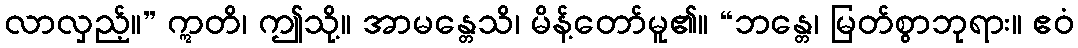
လာလှည့်။” ဣတိ၊ ဤသို့။ အာမန္တေသိ၊ မိန့်တော်မူ၏။ “ဘန္တေ၊ မြတ်စွာဘုရား။ ဧဝံ